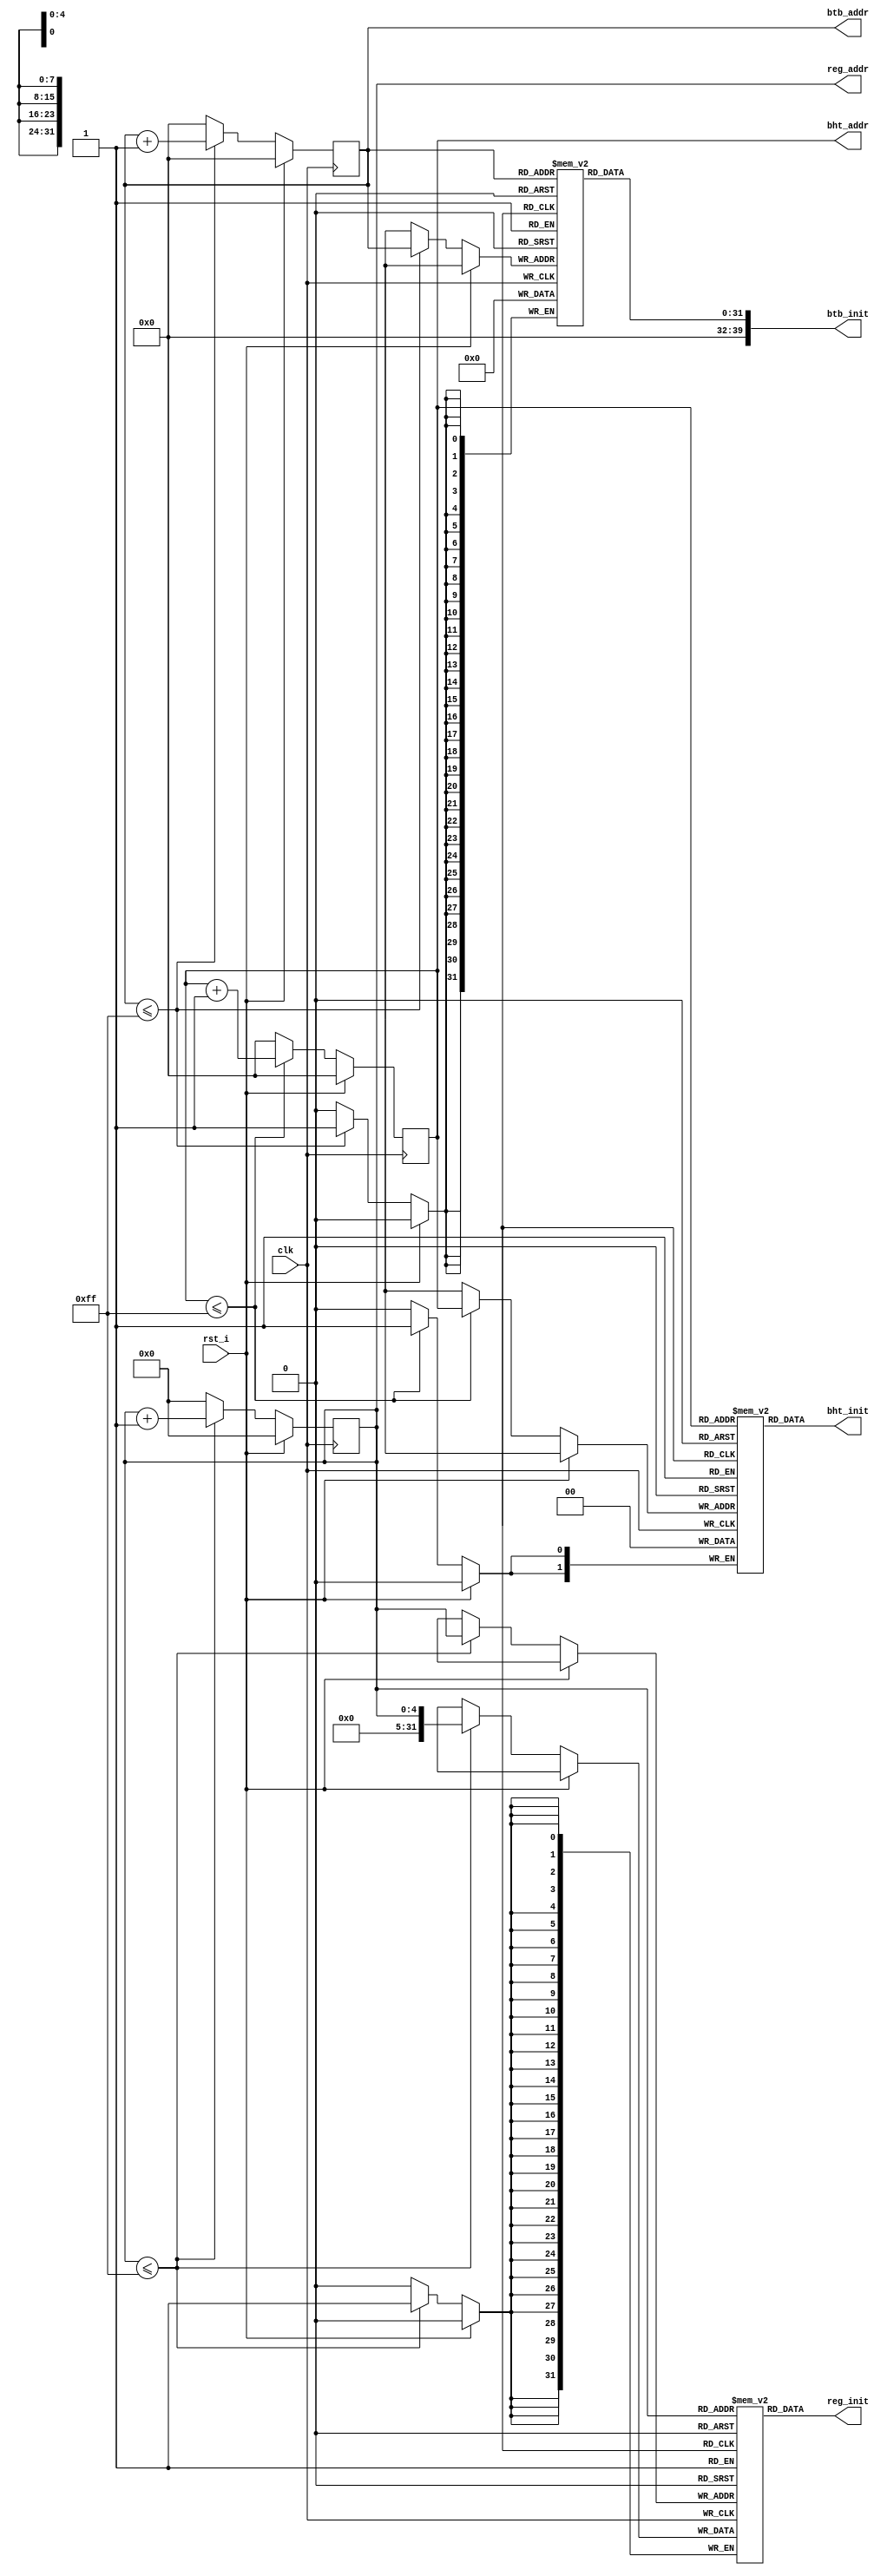
module INITIAL_MODULE
(
    input       clk             ,
    input       rst_i           ,

    output  [39:0]  btb_init    ,
    output  [7:0]   btb_addr    ,

    output  [1:0]   bht_init    ,
    output  [7:0]   bht_addr    ,

    output  [31:0]  reg_init    ,    
    output  [4:0]   reg_addr
);

    reg [31:0] 	register_file [0:31];
    reg [31:0]  btb [0:255];
    reg [1:0]   bht [0:255];

    // BTB initialization
    reg [7:0] btb_addr_r;
    always @ (posedge clk)
    begin
        if (rst_i)
        begin
            btb_addr_r <= 8'b0;
        end
        else if (btb_addr_r <= 8'd255)
        begin
            btb[btb_addr_r] <= 40'b0;
            btb_addr_r <= btb_addr_r + 1;
        end
        else 
        begin
            btb_addr_r <= 8'b0;
        end
    end

    assign btb_init = btb[btb_addr_r];
    assign btb_addr = btb_addr_r;

    // BHT initialization
    reg [7:0] bht_addr_r;
    always @ (posedge clk)
    begin
        if (rst_i)
        begin
            bht_addr_r <= 8'b0;
        end
        else if (bht_addr_r <= 8'd255)
        begin
            bht[bht_addr_r] <= 2'b0;
            bht_addr_r <= bht_addr_r + 1;
        end
        else 
        begin
            bht_addr_r <= 8'b0;
        end
    end

    assign bht_init = bht[bht_addr_r];
    assign bht_addr = bht_addr_r;

    // Register file initialization
    reg [4:0] reg_addr_r;
    always @ (posedge clk)
    begin
        if (rst_i)
        begin
            reg_addr_r <= 5'b0;
        end
        else if (reg_addr_r <= 8'd255)
        begin
            register_file[reg_addr_r] <= reg_addr;
            reg_addr_r <= reg_addr_r + 1;
        end
        else
        begin
            reg_addr_r <= 5'b0;
        end
        
    end

    assign reg_init = register_file[reg_addr_r];
    assign reg_addr = reg_addr_r;

endmodule